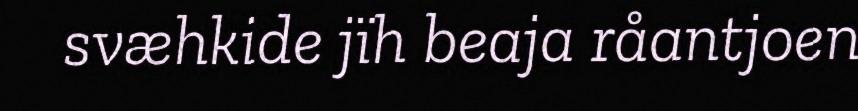
svæhkide jïh beaja råantjoen